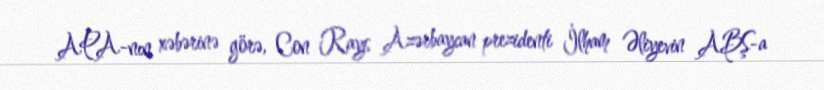
APA-nın xəbərinə görə, Con Rays Azərbaycan prezidenti İlham Əliyevin ABŞ-a